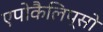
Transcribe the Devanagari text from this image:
एपोकैलिप्सो